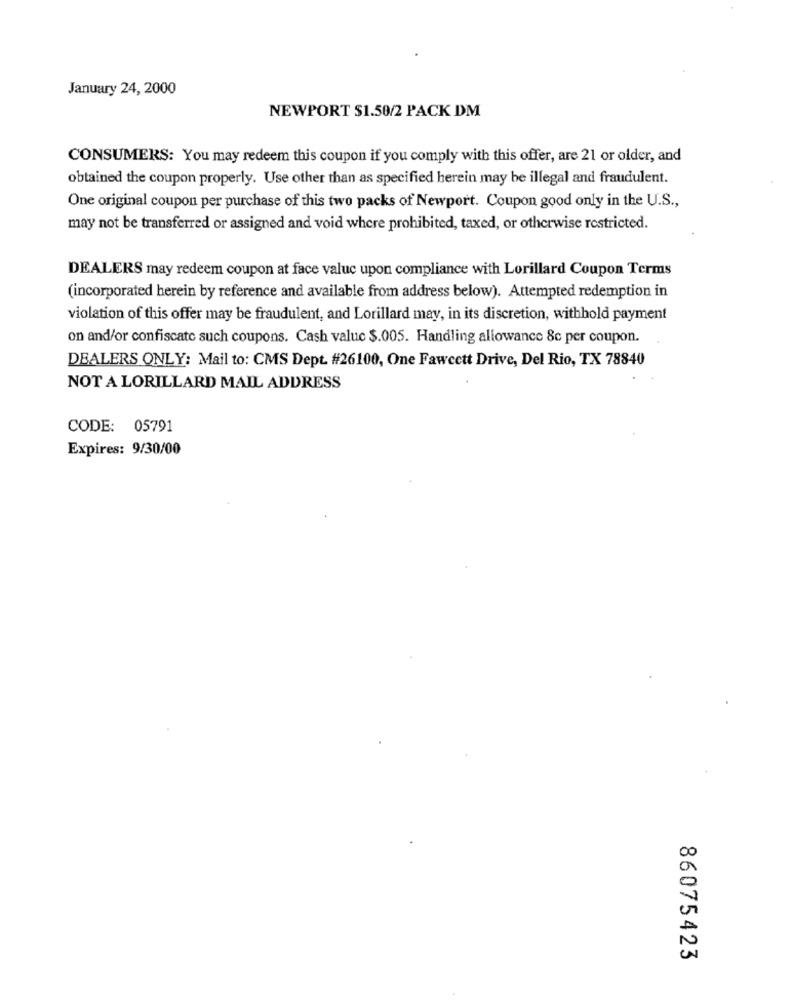
January 24, 2000
NEWPORT $1.50/2 PACK DM
CONSUMERS: You may redeem this coupon if you comply with this offer, are 21 or older, and
obtained the coupon properly. Use other than as specified herein may be illegal and fraudulent.
One original coupon per purchase of this two packs of Newport. Coupon good only in the U.S .,
may not be transferred or assigned and void where prohibited, taxed, or otherwise restricted.
DEALERS may redeem coupon at face valuc upon compliance with Lorillard Coupon Terms
(incorporated herein by reference and available from address below). Attempted redemption in
violation of this offer may be fraudulent, and Lorillard may, in its discretion, withhold payment
on and/or confiscate such coupons. Cash value $.005. Handling allowance 8c per coupon.
DEALERS ONLY: Mail to: CMS Dept. #26100, One Fawcett Drive, Del Rio, TX 78840
NOT A LORILLARD MAIL ADDRESS
CODE: 05791
Expires: 9/30/00
86075423